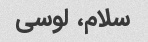
سلام، لوسی